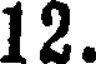
12.